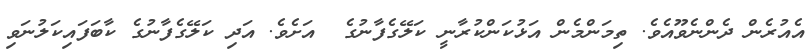
އެއުރެން ދެންނެވޫއެވެ. ތިމަންމެން އަޅުކަންކުރާނީ ކަލޭގެފާނުގެ  އަށެވެ. އަދި ކަލޭގެފާނުގެ ކާބަފައިކަލުނަވި